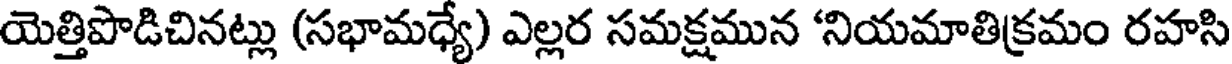
యెత్తిపొడిచినట్లు (సభామధ్యే) ఎల్లర సమక్షమున 'నియమాతిక్రమం రహసి